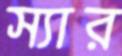
স্যার